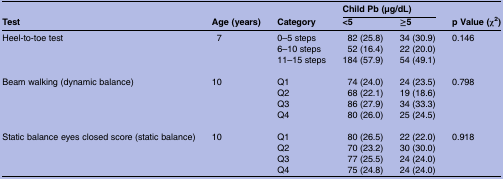
|  |  |  | <COLSPAN=2> Child Pb (μg/dL) |  |
 | Test | Age (years) | Category | <5 | ≥5 | p Value (χ2) |
 | --- | --- | --- | --- | --- | --- |
 | Heel-to-toe test | 7 | 0–5 steps | 82 (25.8) | 34 (30.9) | 0.146 |
 |  |  | 6–10 steps | 52 (16.4) | 22 (20.0) |  |
 |  |  | 11–15 steps | 184 (57.9) | 54 (49.1) |  |
 | Beam walking (dynamic balance) | 10 | Q1 | 74 (24.0) | 24 (23.5) | 0.798 |
 |  |  | Q2 | 68 (22.1) | 19 (18.6) |  |
 |  |  | Q3 | 86 (27.9) | 34 (33.3) |  |
 |  |  | Q4 | 80 (26.0) | 25 (24.5) |  |
 | Static balance eyes closed score (static balance) | 10 | Q1 | 80 (26.5) | 22 (22.0) | 0.918 |
 |  |  | Q2 | 70 (23.2) | 30 (30.0) |  |
 |  |  | Q3 | 77 (25.5) | 24 (24.0) |  |
 |  |  | Q4 | 75 (24.8) | 24 (24.0) |  |